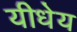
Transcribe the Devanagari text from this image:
यीधेय